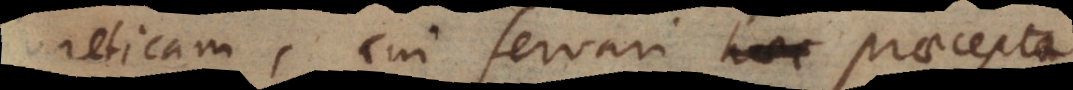
reticam, cui servari praecept